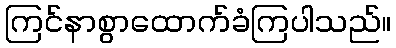
ကြင်နာစွာထောက်ခံကြပါသည်။